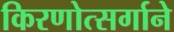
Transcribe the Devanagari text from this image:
किरणोत्सर्गाने